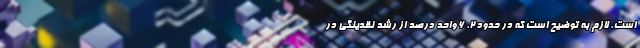
است. لازم به توضیح است که در حدود ۲. ۶ واحد درصد از رشد نقدینگی در